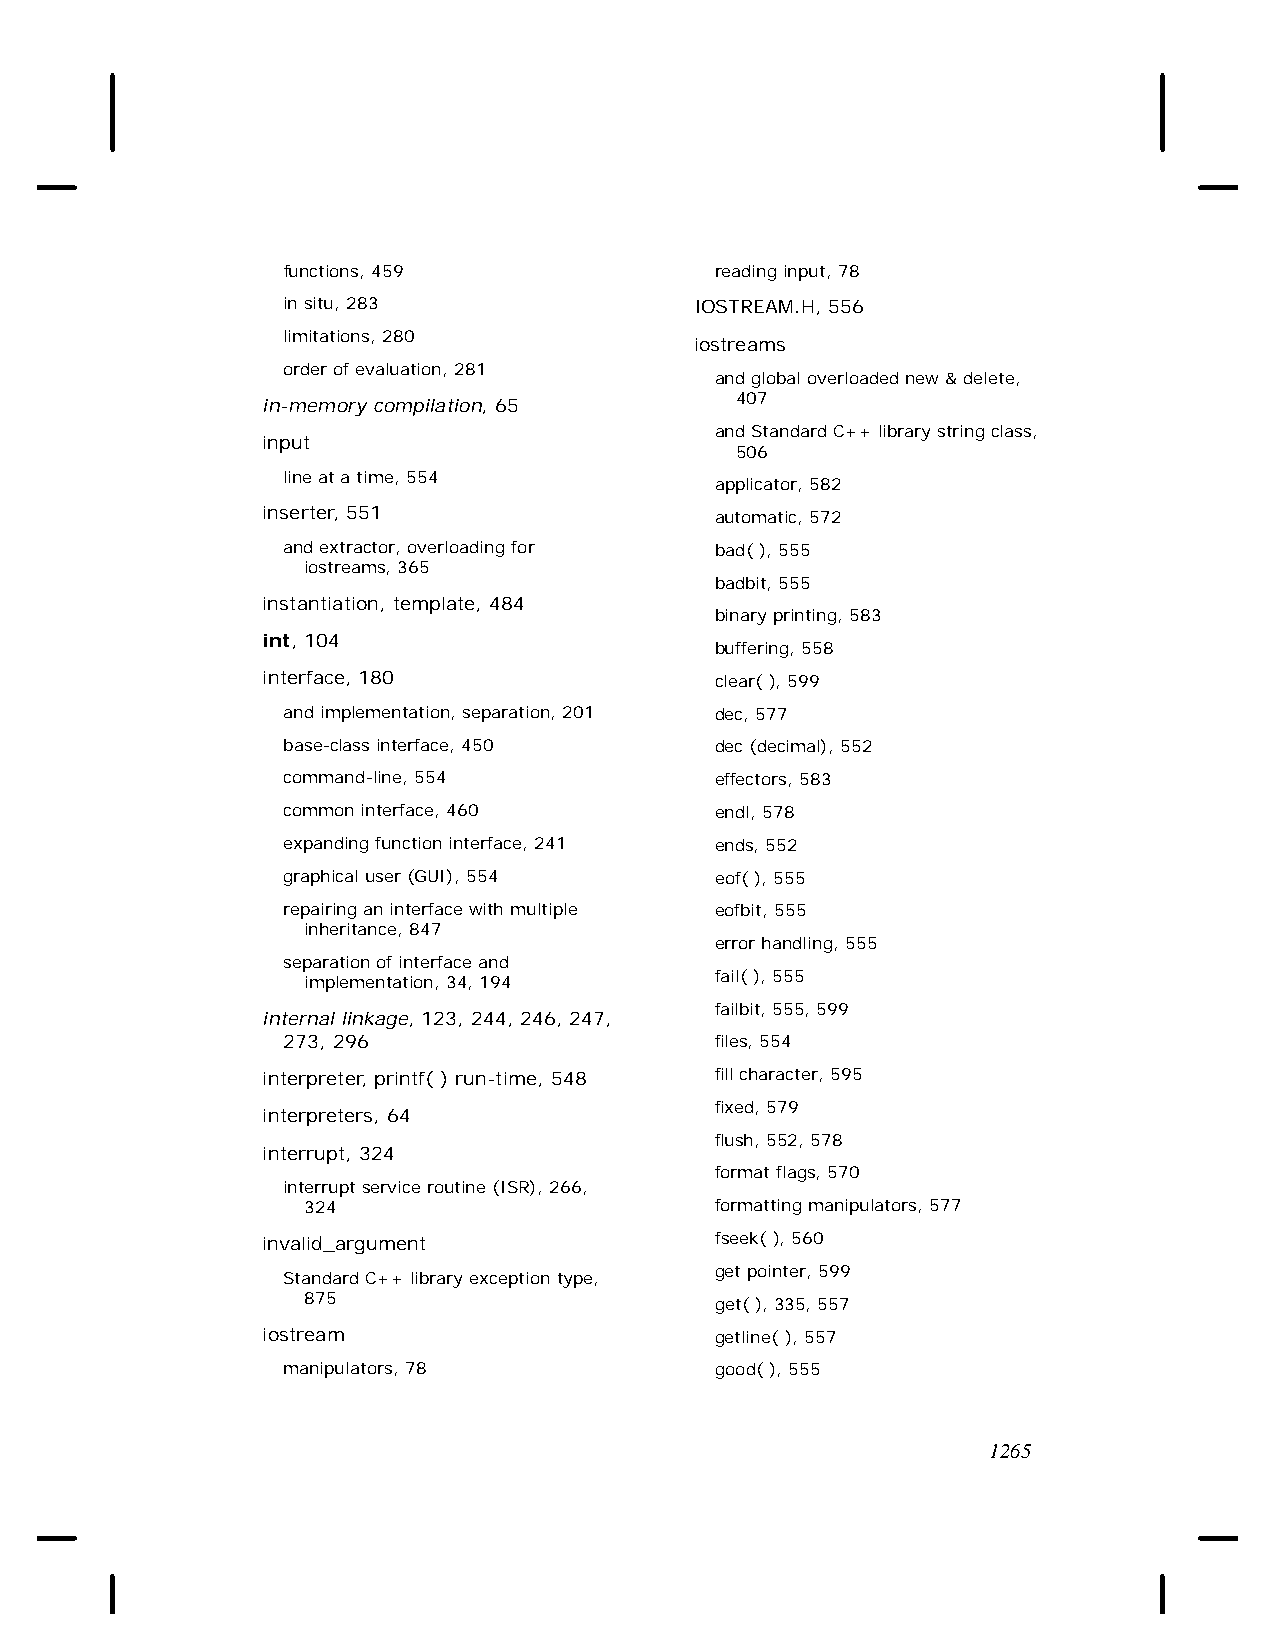
functions, 459              reading input, 78
 in situ, 283               IOSTREAM.H, 556
 limitations, 280
 iostreams
 order of evaluation, 281
 and global overloaded new & delete,
 in-memory compilation, 65       407
 and Standard C++ library string class,
 input
 506
 line at a time, 554
 applicator, 582
 inserter, 551                 automatic, 572
 and extractor, overloading for bad( ), 555
 iostreams, 365
 badbit, 555
 instantiation, template, 484
 binary printing, 583
 int, 104
 buffering, 558
 interface, 180                clear( ), 599
 and implementation, separation, 201 dec, 577
 base-class interface, 450   dec (decimal), 552
 command-line, 554           effectors, 583
 common interface, 460       endl, 578
 expanding function interface, 241 ends, 552
 graphical user (GUI), 554   eof( ), 555
 repairing an interface with multiple eofbit, 555
 inheritance, 847
 error handling, 555
 separation of interface and
 implementation, 34, 194    fail( ), 555
 failbit, 555, 599
 internal linkage, 123, 244, 246, 247,
 273, 296                    files, 554
 interpreter, printf( ) run-time, 548 fill character, 595
 fixed, 579
 interpreters, 64
 flush, 552, 578
 interrupt, 324
 format flags, 570
 interrupt service routine (ISR), 266,
 324                        formatting manipulators, 577
 invalid_argument              fseek( ), 560
 get pointer, 599
 Standard C++ library exception type,
 875                        get( ), 335, 557
 iostream                      getline( ), 557
 manipulators, 78            good( ), 555
 1265